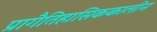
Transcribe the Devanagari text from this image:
प्रागैतिहासिककालीन